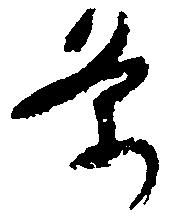
条